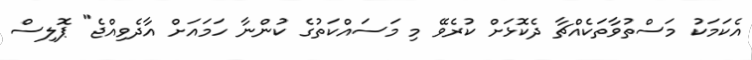
އެކަމަކު މަސްތުވާތަކެއްޗާ ދެކޮޅަށް ކުރެވޭ މި މަސައްކަތުގެ ކުންނާ ހަމައަށް އާދެވިއްޖެ" ޕޮލިސް